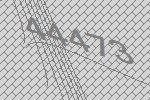
44473